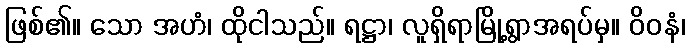
ဖြစ်၏။ သော အဟံ၊ ထိုငါသည်။ ရဋ္ဌာ၊ လူရှိရာမြို့ရွာအရပ်မှ။ ဝိဝနံ၊